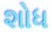
શોધ